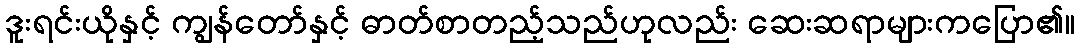
ဒူးရင်းယိုနှင့် ကျွန်တော်နှင့် ဓာတ်စာတည့်သည်ဟုလည်း ဆေးဆရာများကပြော၏။